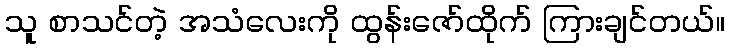
သူ စာသင်တဲ့ အသံလေးကို ထွန်းဇော်ထိုက် ကြားချင်တယ်။